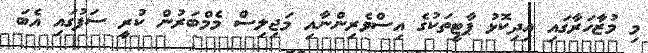
މި މުޒާހަރާގައި އިދިކޮޅު ޕާޓީތަކުގެ އިސްވެރިންނާއި މަޖިލިސް މެމްބަރުން ކުރީ ސަފުގައި އެބަ